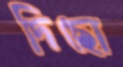
দিছো